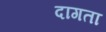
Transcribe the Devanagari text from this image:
दागता